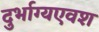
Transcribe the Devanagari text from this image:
दुर्भाग्यएवश